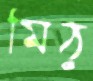
মিঠু